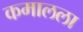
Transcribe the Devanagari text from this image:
कमालला